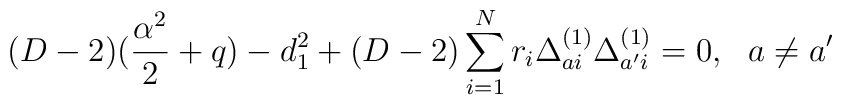
(D-2)({\alpha^2\over2}+q)-d_1^2+(D-2)\sum_{i=1}^Nr_i\Delta_{ai}^{(1)}\Delta_{a'i}^{(1)}=0,~~a\not=a'